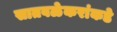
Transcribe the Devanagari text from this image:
सातवळेकरांकडे